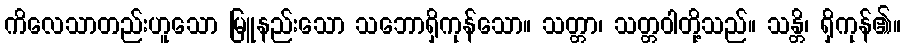
ကိလေသာတည်းဟူသော မြူနည်းသော သဘောရှိကုန်သော။ သတ္တာ၊ သတ္တဝါတို့သည်။ သန္တိ၊ ရှိကုန်၏။